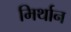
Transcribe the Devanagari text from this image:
मिर्थान